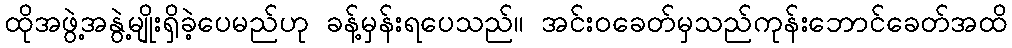
ထိုအဖွဲ့အနွဲ့မျိုးရှိခဲ့ပေမည်ဟု ခန့်မှန်းရပေသည်။ အင်းဝခေတ်မှသည်ကုန်းဘောင်ခေတ်အထိ